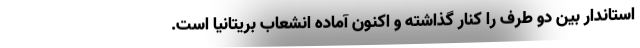
استاندار بین دو طرف را کنار گذاشته و اکنون آماده انشعاب بریتانیا است.